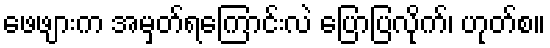
ဖေဖျားက အမှတ်ရကြောင်းလဲ ပြောပြလိုက်၊ ဟုတ်စ။